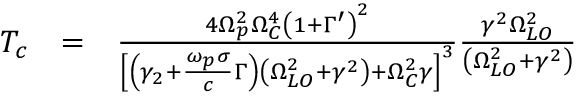
\begin{array} { r l r } { T _ { c } } & { = } & { \frac { 4 \Omega _ { p } ^ { 2 } \Omega _ { C } ^ { 4 } \left( 1 + \Gamma ^ { \prime } \right) ^ { 2 } } { \left[ \left( \gamma _ { 2 } + \frac { \omega _ { p } \sigma } { c } \Gamma \right) \left( \Omega _ { L O } ^ { 2 } + \gamma ^ { 2 } \right) + \Omega _ { C } ^ { 2 } \gamma \right] ^ { 3 } } \frac { \gamma ^ { 2 } \Omega _ { L O } ^ { 2 } } { \left( \Omega _ { L O } ^ { 2 } + \gamma ^ { 2 } \right) } } \end{array}